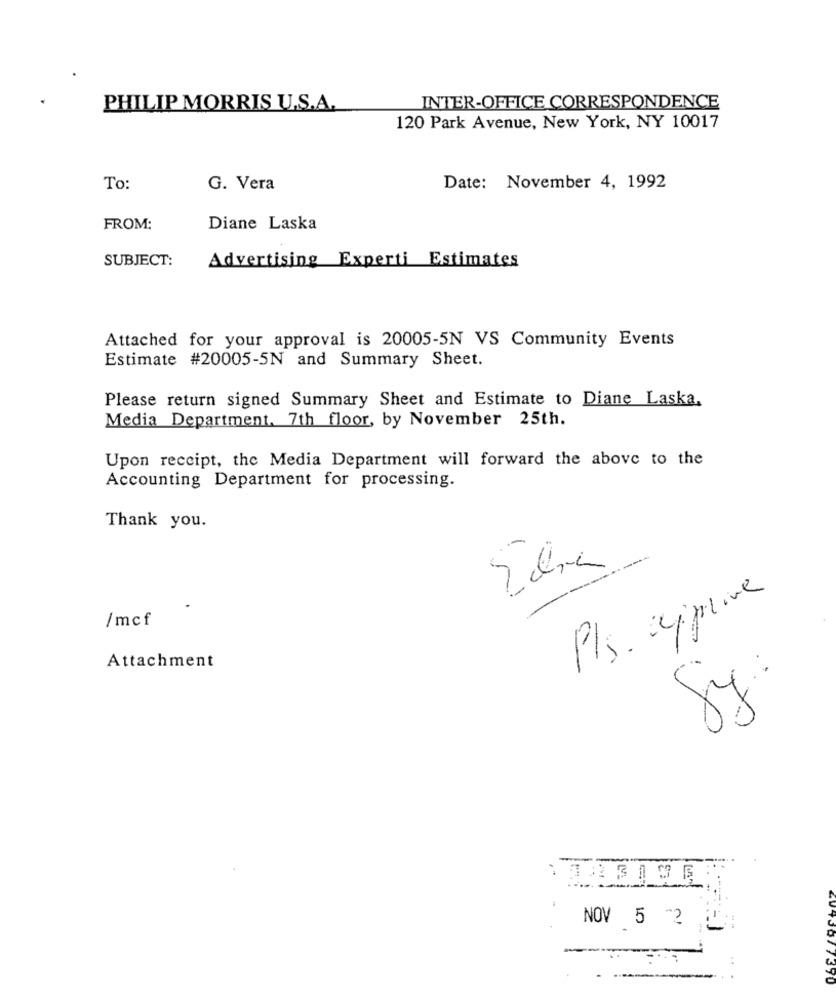
PHILIP MORRIS U.S.A.
INTER-OFFICE CORRESPONDENCE
120 Park Avenue, New York, NY 10017
To:
G. Vera
Date: November 4, 1992
FROM:
Diane Laska
SUBJECT:
Advertising Experti Estimates
Attached for your approval is 20005-5N VS Community Events
Estimate #20005-5N and Summary Sheet.
Please return signed Summary Sheet and Estimate to Diane Laska,
Media Department. 7th floor, by November 25th.
Upon receipt, the Media Department will forward the above to the
Accounting Department for processing.
Thank you.
Pls. ayprive
/mcf
Attachment
ty:
NOV 5 -2
4970077390